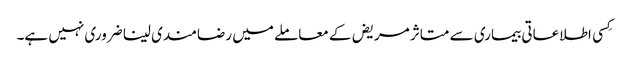
کِسی اطلاعاتی بیماری سے متاثر مریض کے معاملے میں رضامندی لینا ضروری نہیں ہے۔